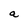
Character: a